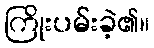
ကြိုးပမ်းခဲ့၏။